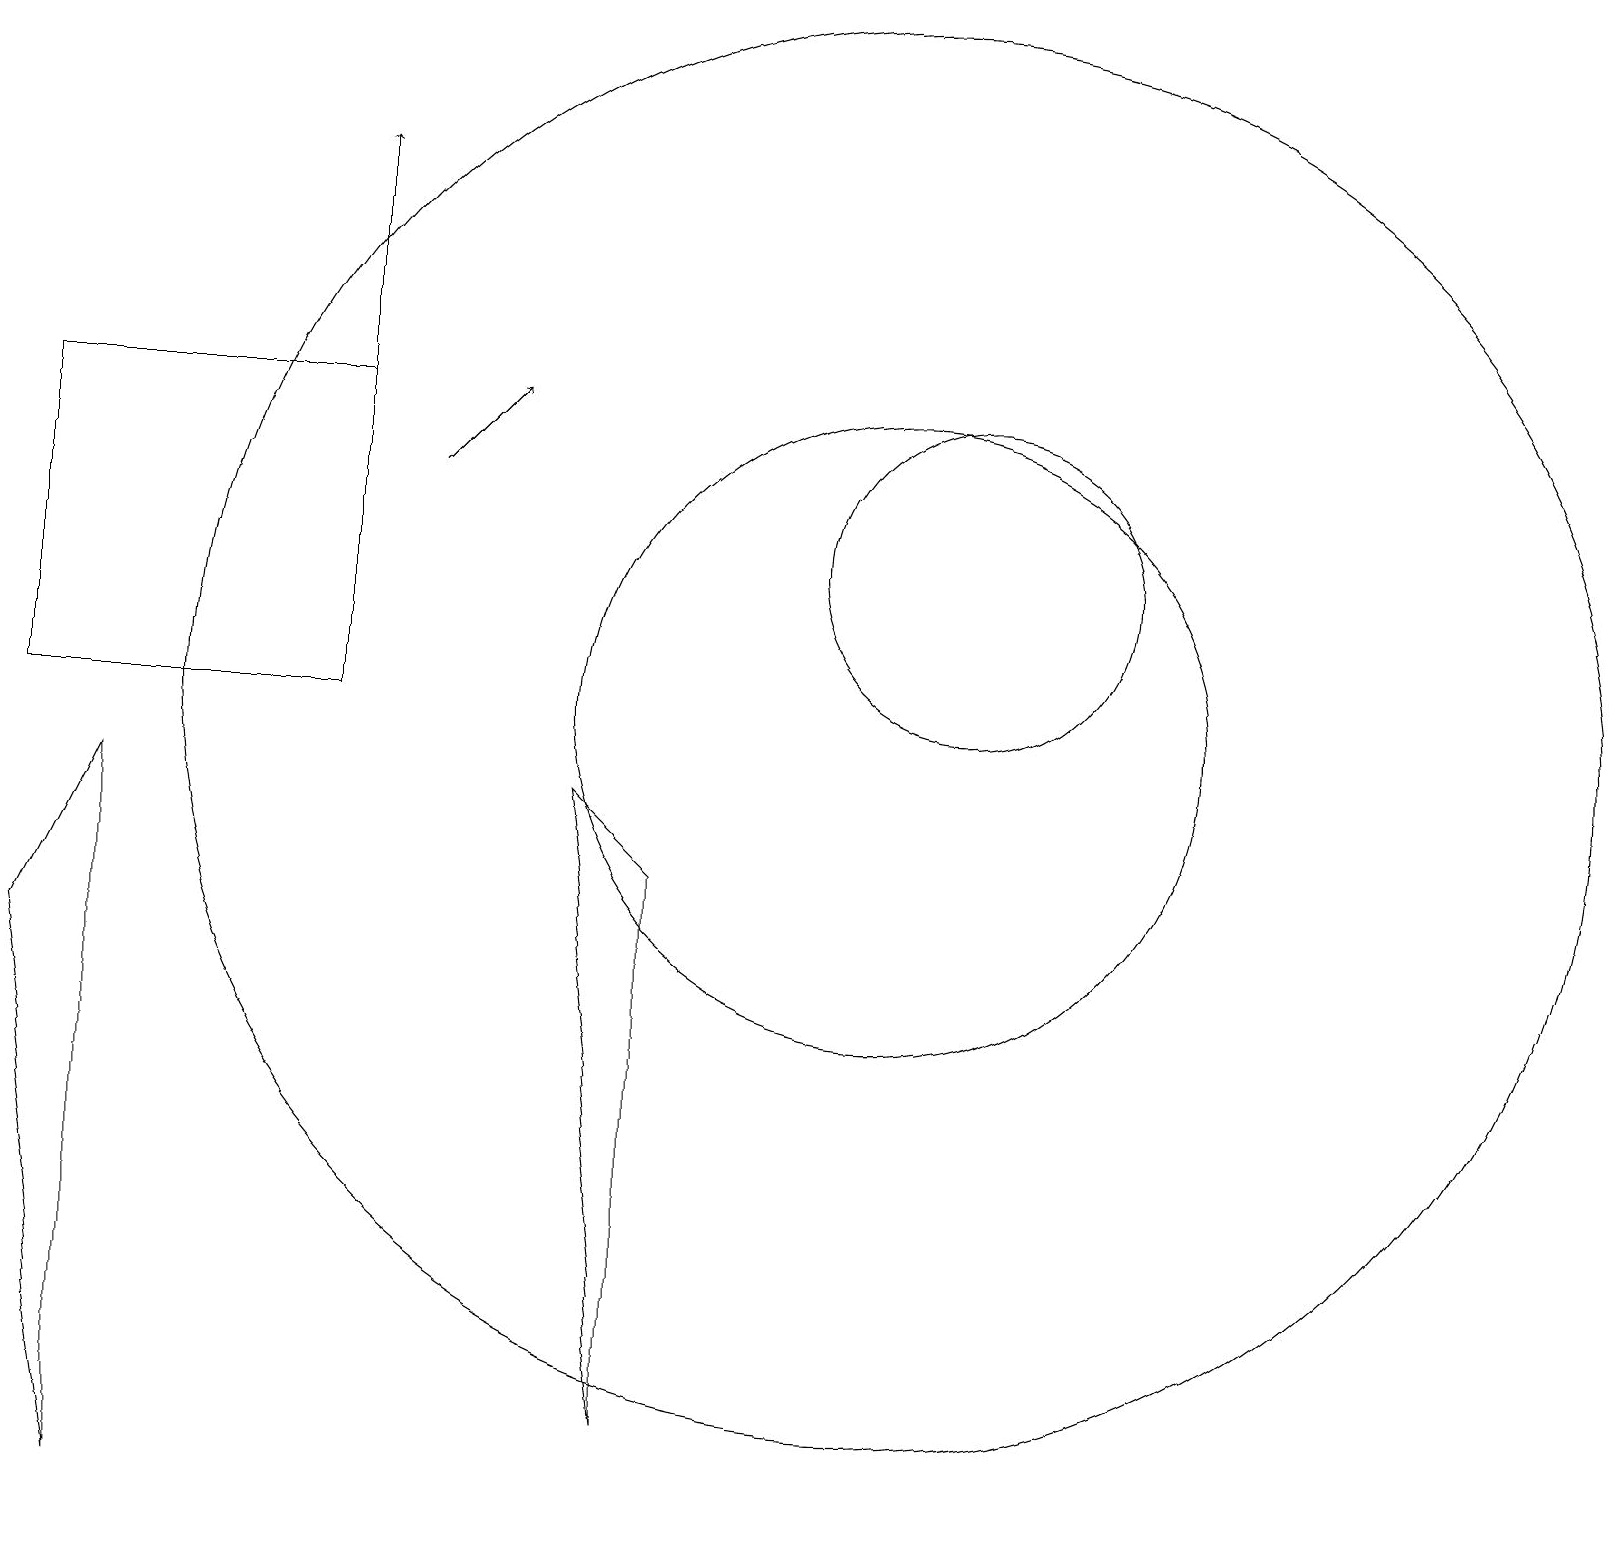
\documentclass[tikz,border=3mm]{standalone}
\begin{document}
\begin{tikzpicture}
\draw (1,0) -- (1,9) -- (0,7) -- cycle;
\draw[->] (5,13) -- (6,14);
\draw (11,10) circle (9);
\draw (0,10) rectangle (4,14);
\draw[->] (4,10) -- (4,17);
\draw (12,12) circle (2);
\draw (11,10) circle (4);
\draw (8,1) -- (7,9) -- (8,8) -- cycle;
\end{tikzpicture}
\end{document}